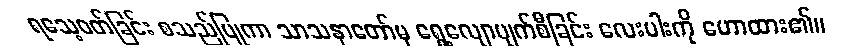
ရသေ့ဝတ်ခြင်း စသည်ပြုကာ သာသနာတော်မှ ရွေ့လျောပျက်စီခြင်း လေးပါးကို ဟောထား၏။